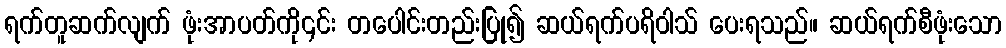
ရက်တူဆက်လျက် ဖုံးအာပတ်ကို၎င်း တပေါင်းတည်းပြု၍ ဆယ်ရက်ပရိဝါသ် ပေးရသည်။ ဆယ်ရက်စီဖုံးသော